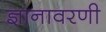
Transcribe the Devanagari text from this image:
ज्ञानावरणी